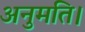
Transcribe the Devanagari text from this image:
अनुमति।